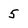
Character: 5